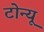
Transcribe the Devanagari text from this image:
टोन्यू